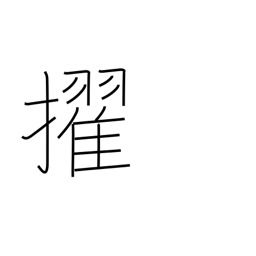
Meaning: surpass